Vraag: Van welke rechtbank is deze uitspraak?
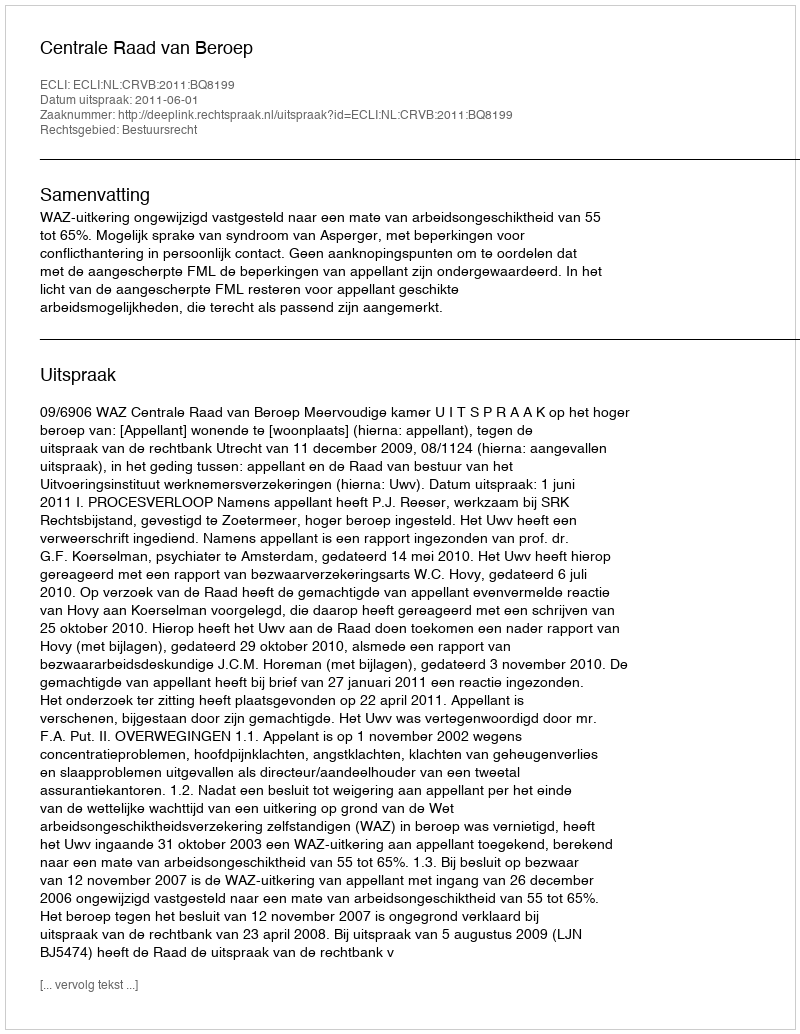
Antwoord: Centrale Raad van Beroep